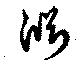
淵